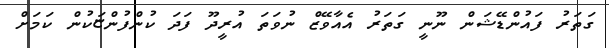
ގަތަރު ފައުންޑޭޝަން ނޫނީ ގަތަރު އެއާވޭޒް ނުވަތަ އުރީދޫ ފަދަ ކުންފުންޏަކުން ކަމަށް